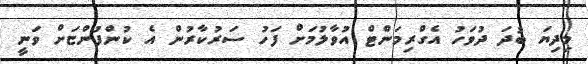
މިދިޔަ ބުދަ ދުވަހު އެގްރިމަންޓް އުވާލުމަށް ފަހު ސަރުކާރުން އެ ކުންފުންޏަށް ވަނީ